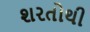
શરતોથી